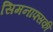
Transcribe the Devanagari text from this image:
सिमनाफ्सकी